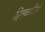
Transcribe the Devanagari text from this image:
हितकारीहो